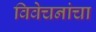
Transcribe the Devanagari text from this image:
विवेचनांचा